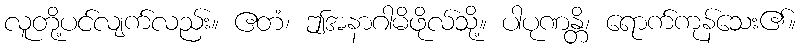
လူတို့ပင်လျက်လည်း။ ဧတံ၊ ဤအနာဂါမိဖိုလ်သို့။ ပါပုဏန္တိ၊ ရောက်ကုန်သေး၏။